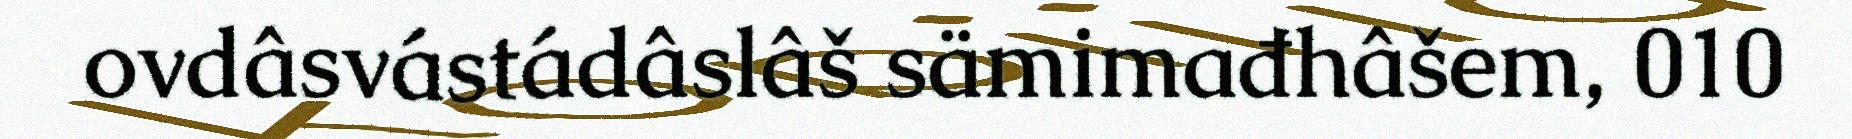
ovdâsvástádâslâš sämimađhâšem, 010